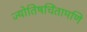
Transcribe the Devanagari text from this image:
ज्योतिषचिंतामणि